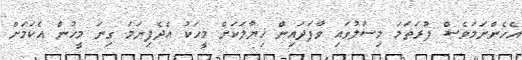
އެހެންނަމަވެސް ފުރަތަމަ މިސާލުގައި ވާފަދައިން ޚިޔާލަކަށް މީހަކު އެދެފިނަމަ ގިނަ މީހުން އެކަމަށް